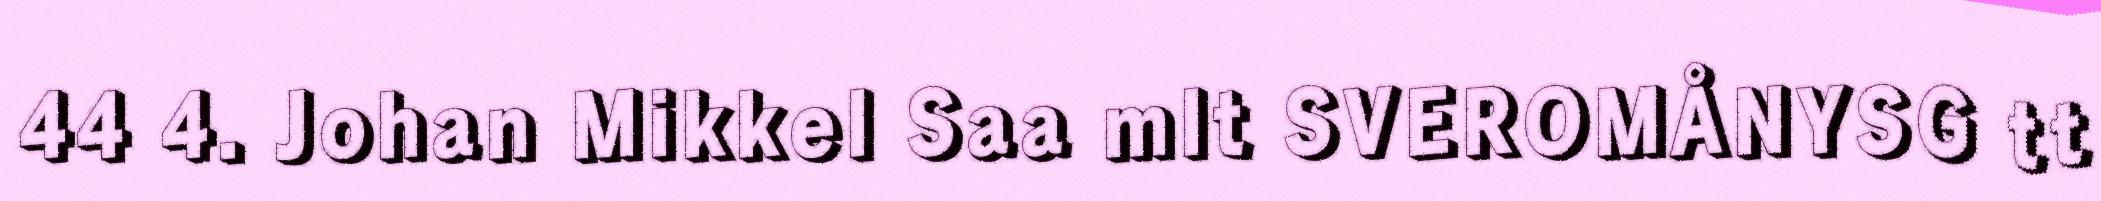
44 4. Johan Mikkel Saa mlt SVEROMÅNYSG tt